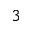
^ 3